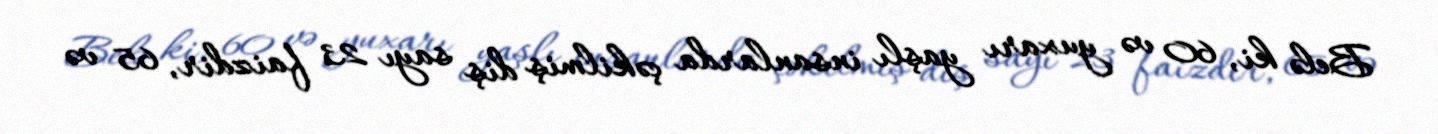
Belə ki, 60 və yuxarı yaşlı insanlarda çəkilmiş diş sayı 23 faizdir, 65 və